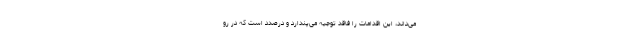
مى‌داند، این اقدامات را فاقد توجیه مى‌پندارد و درصدد است كه در رو